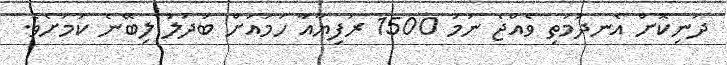
ދަނިކޮށް އެނދުމަތި ވެއްޖެ ނަމަ 1500 ރުފިޔާއާ ހަމައަށް ބަދަލު ލިބޭނެ ކަމަށެވެ.